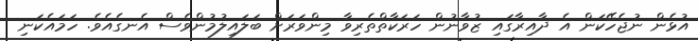
އުޅެން ނުޖެހޭކަން އެ ދާއިރާގައި ޒުވާނުން ހަރަކާތްތެރިވާ މިންވަރަށް ބަލައިލުމުންވެސް އެނގެއެވެ. ހަމައެކަނި